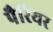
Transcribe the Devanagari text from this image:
पैरियर